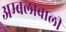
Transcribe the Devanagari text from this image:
अम्बलावाली